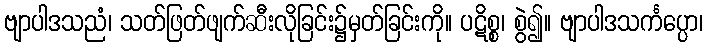
ဗျာပါဒသညံ၊ သတ်ဖြတ်ဖျက်ဆီးလိုခြင်း၌မှတ်ခြင်းကို။ ပဋိစ္စ၊ စွဲ၍။ ဗျာပါဒသင်္ကပ္ပော၊